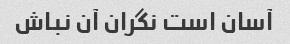
آسان است نگران آن نباش